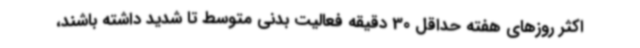
اکثر روزهای هفته حداقل 30 دقیقه فعالیت بدنی متوسط تا شدید داشته باشند،